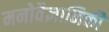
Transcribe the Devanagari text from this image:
मनोवैज्ञानिकी